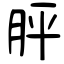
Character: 胓